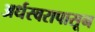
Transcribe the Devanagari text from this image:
अर्धस्वरापासून